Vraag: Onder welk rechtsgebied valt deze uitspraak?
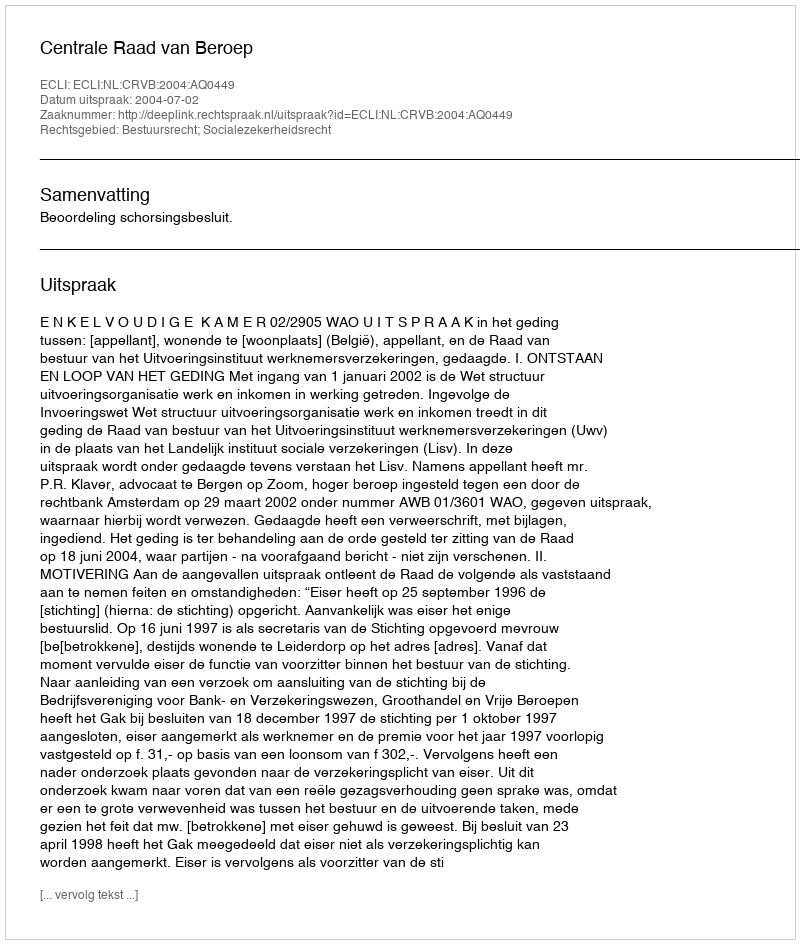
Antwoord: Bestuursrecht; Socialezekerheidsrecht